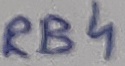
Text: RB4